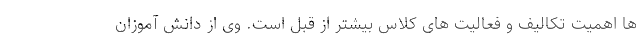
ها اهمیت تکالیف و فعالیت های کلاس بیشتر از قبل است. وی از دانش آموزان